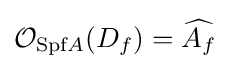
{\mathcal {O}}_{{\text{Spf}}A}(D_{f})={\widehat {A_{f}}}